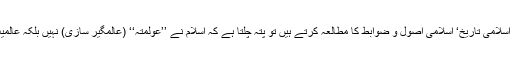
اس اعتبار سے جب اسلامی تاریخ‘ اسلامی اصول و ضوابط کا مطالعہ کرتے ہیں تو پتہ چلتا ہے کہ اسلام نے ’’عولمتہ‘‘ (عالمگیر سازی) نہیں بلکہ عالمیت کا تصور دیا ہے۔